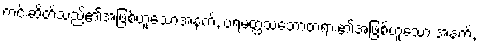
ကင်းဆိတ်သည်၏အဖြစ်ဟူသောအနက်, ပရမတ္ထသဘောတရား၏အဖြစ်ဟူသော အနက်,